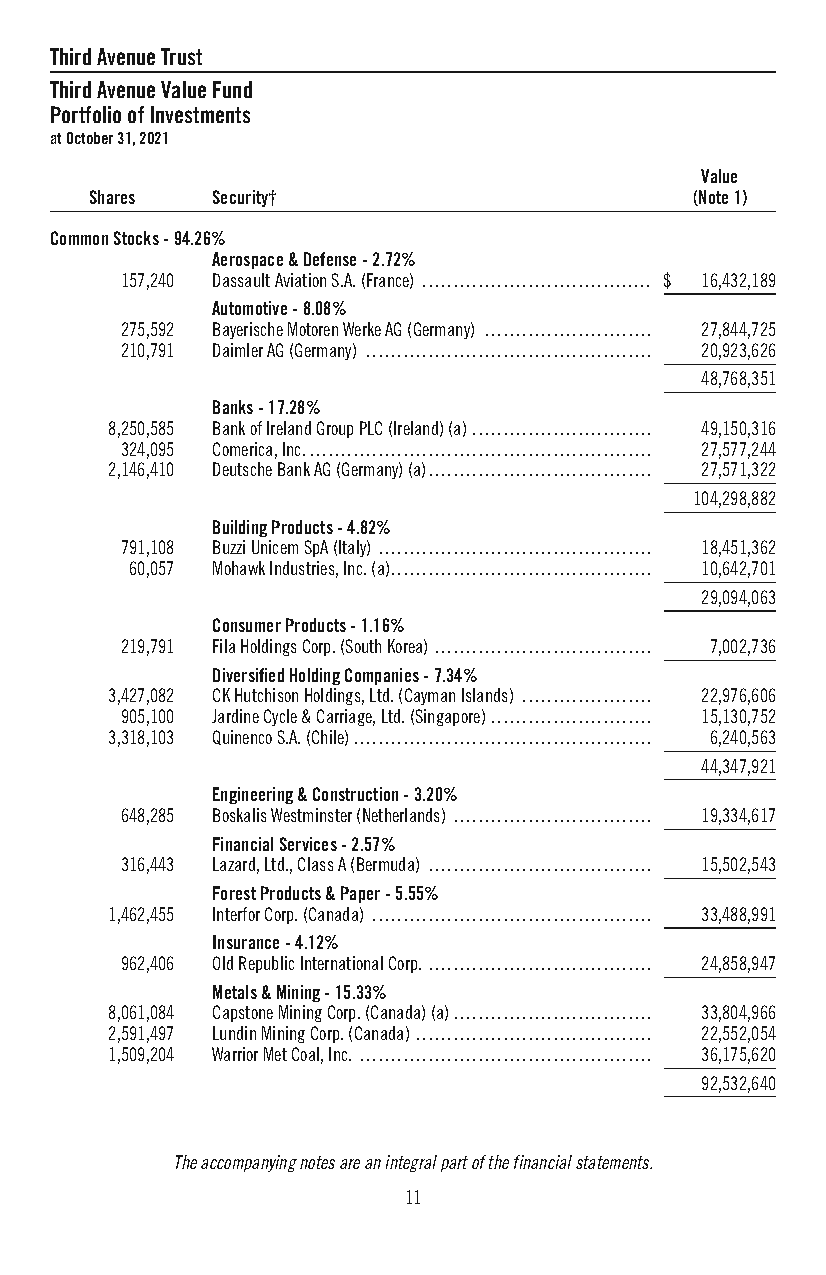
ThirdAvenueTrust
 ThirdAvenueValueFund
 PortfolioofInvestments
 atOctober31,2021
 Value
 Shares  Security†                       (Note1)
 CommonStocks-94.26%
 Aerospace&Defense-2.72%
 157,240 DassaultAviationS.A.(France) ..................................... $ 16,432,189
 Automotive-8.08%
 275,592 BayerischeMotorenWerkeAG(Germany) ........................... 27,844,725
 210,791 DaimlerAG(Germany) .............................................. 20,923,626
 48,768,351
 Banks-17.28%
 8,250,585 BankofIrelandGroupPLC(Ireland)(a)............................. 49,150,316
 324,095 Comerica,Inc........................................................ 27,577,244
 2,146,410 DeutscheBankAG(Germany)(a).................................... 27,571,322
 104,298,882
 BuildingProducts-4.82%
 791,108 BuzziUnicemSpA(Italy) ............................................ 18,451,362
 60,057 MohawkIndustries,Inc.(a).......................................... 10,642,701
 29,094,063
 ConsumerProducts-1.16%
 219,791 FilaHoldingsCorp.(SouthKorea) ................................... 7,002,736
 DiversifiedHoldingCompanies-7.34%
 3,427,082 CKHutchisonHoldings,Ltd.(CaymanIslands) ..................... 22,976,606
 905,100 JardineCycle&Carriage,Ltd.(Singapore).......................... 15,130,752
 3,318,103 QuinencoS.A.(Chile)................................................ 6,240,563
 44,347,921
 Engineering&Construction-3.20%
 648,285 BoskalisWestminster(Netherlands) ................................ 19,334,617
 FinancialServices-2.57%
 316,443 Lazard,Ltd.,ClassA(Bermuda) .................................... 15,502,543
 ForestProducts&Paper-5.55%
 1,462,455 InterforCorp.(Canada) ............................................. 33,488,991
 Insurance-4.12%
 962,406 OldRepublicInternationalCorp. .................................... 24,858,947
 Metals&Mining-15.33%
 8,061,084 CapstoneMiningCorp.(Canada)(a)................................ 33,804,966
 2,591,497 LundinMiningCorp.(Canada) ...................................... 22,552,054
 1,509,204 WarriorMetCoal,Inc. ............................................... 36,175,620
 92,532,640
 Theaccompanyingnotesareanintegralpartofthefinancialstatements.
 11